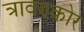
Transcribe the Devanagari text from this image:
त्रावण्कोर